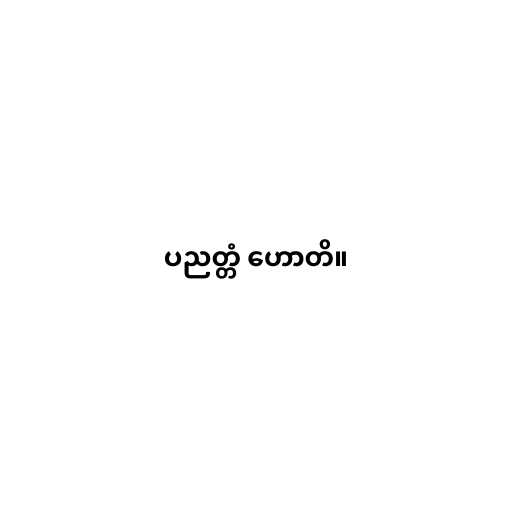
ပညတ္တံ ဟောတိ။